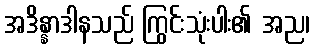
အဒိန္နာဒါနသည် ကြွင်းသုံးပါး၏ အည၊